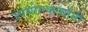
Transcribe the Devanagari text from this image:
उपयोगकर्त्यांनी